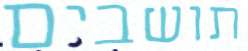
תושבים